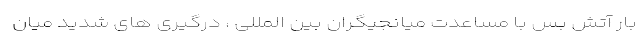
بار آتش بس با مساعدت میانجیگران بین المللی ، درگیری های شدید میان